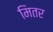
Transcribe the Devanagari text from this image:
मितर